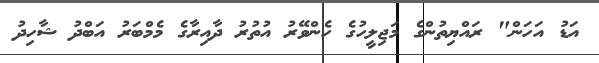
އަޑު އަހަން" ރައްޔިތުންގެ މަޖިލީހުގެ ހެންވޭރު އުތުރު ދާއިރާގެ މެމްބަރު އަބްދު ޝާހިދު